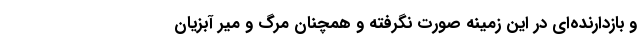
و بازدارنده‌ای در این زمینه صورت نگرفته و همچنان مرگ و میر آبزیان